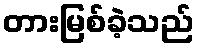
တားမြစ်ခဲ့သည်